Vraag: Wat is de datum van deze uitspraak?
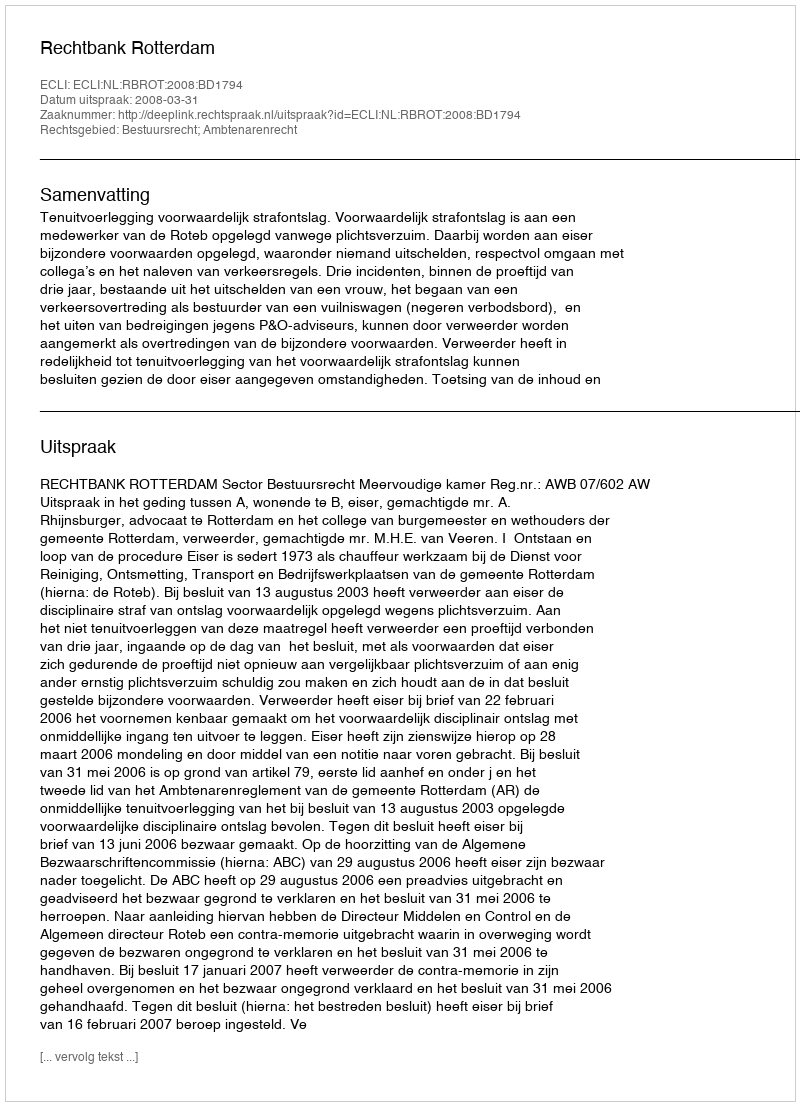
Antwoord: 2008-03-31